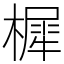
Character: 樨